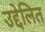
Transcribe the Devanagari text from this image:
उद्देलित